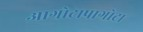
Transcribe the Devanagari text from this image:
आगोटापागोटा